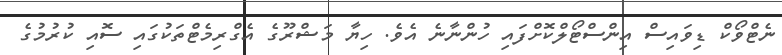
ނެޓްވޯކް ޑިވައިސް އިންސްޓޯލްކޮށްފައި ހުންނާނެ އެވެ. ހިޔާ މަޝްރޫގެ އެގްރިމެޓްތަކުގައި ސޮއި ކުރުމުގެ